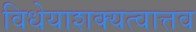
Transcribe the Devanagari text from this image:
विधेयाशक्यत्वात्तव